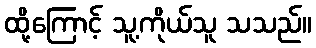
ထို့ကြောင့် သူ့ကိုယ်သူ သသည်။